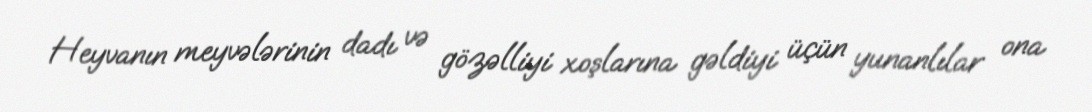
Heyvanın meyvələrinin dadı və gözəlliyi xoşlarına gəldiyi üçün yunanlılar ona